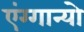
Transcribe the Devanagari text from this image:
एंग्गान्यो